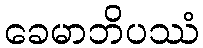
ခေမာဘိပဿံ